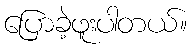
ပြောခဲ့ဖူးပါတယ်။